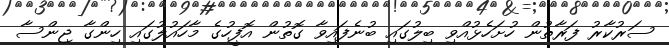
ސަރުކާރު ފަރާތުން ހުށަހެޅުއްވި ބިލުގައި ބުނެފައިވާ ގޮތުން އޮފީހުގެ މާހައުލުގައި ހިންގާ ޖިންސާ